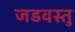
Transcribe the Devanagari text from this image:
जडवस्तु